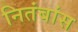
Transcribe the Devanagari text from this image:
नितंबांस